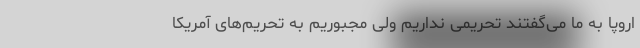
اروپا به ما می‌گفتند تحریمی نداریم ولی مجبوریم به تحریم‌های آمریکا